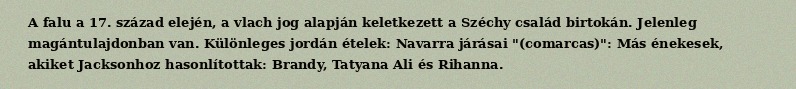
A falu a 17. század elején, a vlach jog alapján keletkezett a Széchy család birtokán. Jelenleg magántulajdonban van. Különleges jordán ételek: Navarra járásai "(comarcas)": Más énekesek, akiket Jacksonhoz hasonlítottak: Brandy, Tatyana Ali és Rihanna.